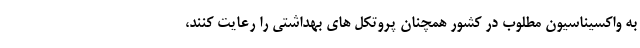
به واکسیناسیون مطلوب در کشور همچنان پروتکل های بهداشتی را رعایت کنند،